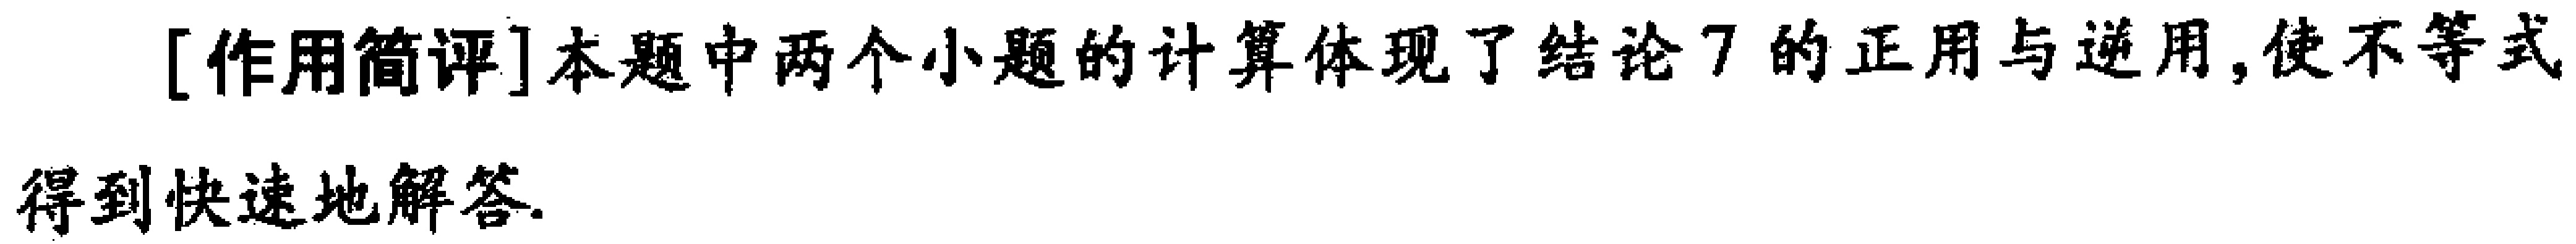
[作用简评]本题中两个小题的计算体现了结论7的正用与逆用,使不等式得到快速地解答.